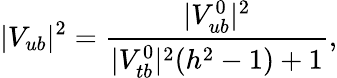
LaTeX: |V_{ub}|^{2}=\frac{|V_{ub}^{0}|^{2}}{|V_{tb}^{0}|^{2}(h^{2}-1)+1},